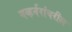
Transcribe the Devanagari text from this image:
गव्हर्नरांवरील